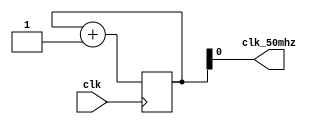
`timescale 1ns / 1ps

module clkdiv(
	input clk,
	output clk_50mhz
    );
reg[31:0]clkdiv  = 0;

	always @(posedge clk)	clkdiv <= clkdiv + 1;
			
	assign clk_50mhz = clkdiv[0];
	
endmodule